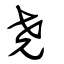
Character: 堯